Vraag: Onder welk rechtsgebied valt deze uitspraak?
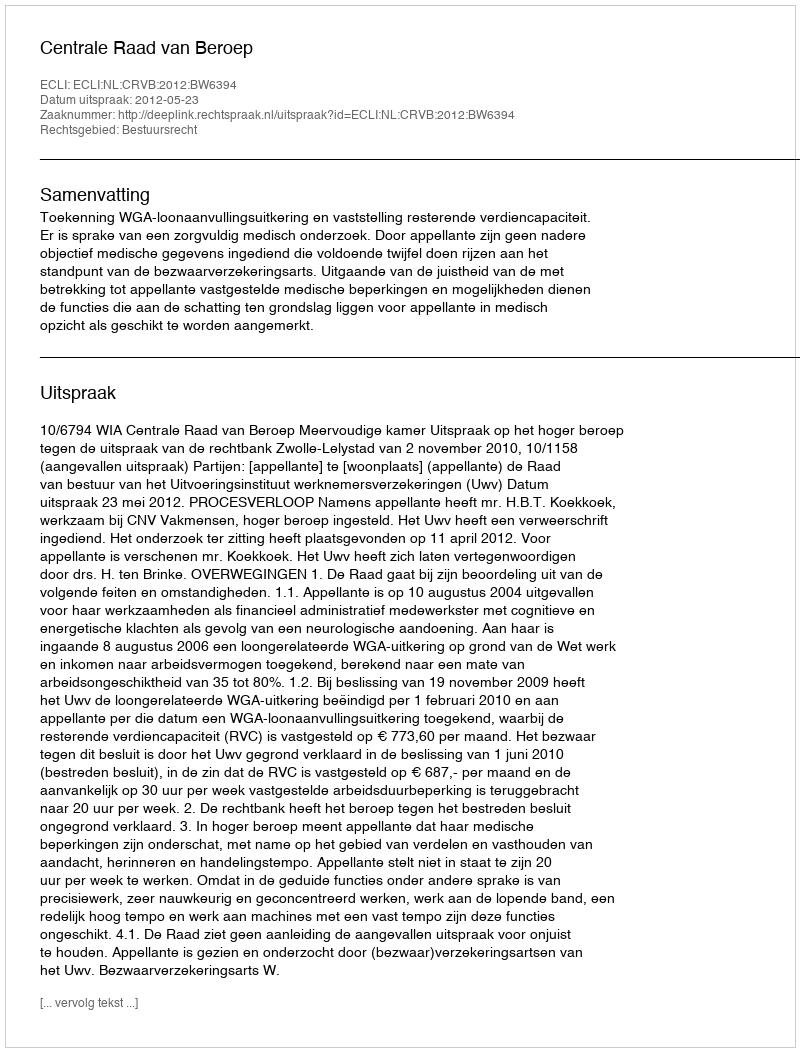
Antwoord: Bestuursrecht